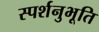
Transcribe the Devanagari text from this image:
स्पर्शनुभूति